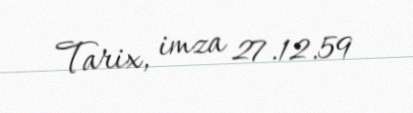
Tarix, imza 27.12.59